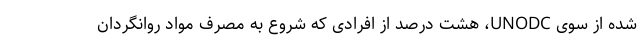
شده از سوی UNODC، هشت درصد از افرادی که شروع به مصرف مواد روانگردان